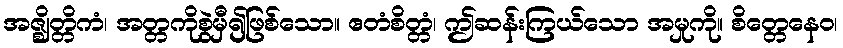
အဇ္ဈိတ္တိကံ၊ အတ္တကိုစွဲမှီ၍ဖြစ်သော။ ဧတံစိတ္တံ၊ ဤဆန်းကြယ်သော အမှုကို။ စိတ္တေနေဝ၊